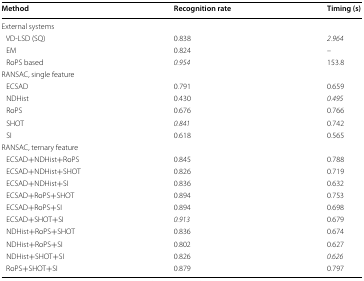
<table><thead><tr><td><b>Method</b></td><td><b>Recognition rate</b></td><td><b>Timing (s)</b></td></tr></thead><tbody><tr><td colspan="3">External systems</td></tr><tr><td> VD-LSD (SQ)</td><td>0.838</td><td><i>2.964</i></td></tr><tr><td> EM</td><td>0.824</td><td>–</td></tr><tr><td> RoPS based</td><td><i>0.954</i></td><td>153.8</td></tr><tr><td colspan="3">RANSAC, single feature</td></tr><tr><td> ECSAD</td><td>0.791</td><td>0.659</td></tr><tr><td> NDHist</td><td>0.430</td><td><i>0.495</i></td></tr><tr><td> RoPS</td><td>0.676</td><td>0.766</td></tr><tr><td> SHOT</td><td><i>0.841</i></td><td>0.742</td></tr><tr><td> SI</td><td>0.618</td><td>0.565</td></tr><tr><td colspan="3">RANSAC, ternary feature</td></tr><tr><td> ECSAD+NDHist+RoPS</td><td>0.845</td><td>0.788</td></tr><tr><td> ECSAD+NDHist+SHOT</td><td>0.826</td><td>0.719</td></tr><tr><td> ECSAD+NDHist+SI</td><td>0.836</td><td>0.632</td></tr><tr><td> ECSAD+RoPS+SHOT</td><td>0.894</td><td>0.753</td></tr><tr><td> ECSAD+RoPS+SI</td><td>0.894</td><td>0.698</td></tr><tr><td> ECSAD+SHOT+SI</td><td><i>0.913</i></td><td>0.679</td></tr><tr><td> NDHist+RoPS+SHOT</td><td>0.836</td><td>0.674</td></tr><tr><td> NDHist+RoPS+SI</td><td>0.802</td><td>0.627</td></tr><tr><td> NDHist+SHOT+SI</td><td>0.826</td><td><i>0.626</i></td></tr><tr><td> RoPS+SHOT+SI</td><td>0.879</td><td>0.797</td></tr></tbody></table>